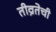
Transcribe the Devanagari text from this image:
तीव्रतेची